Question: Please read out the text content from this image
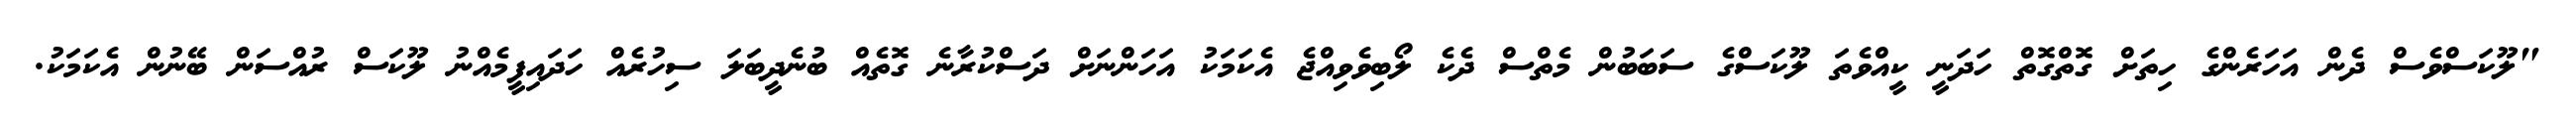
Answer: "ލޫކަސްވެސް ދެން އަހަރެންގެ ހިތަށް ގޮތްގޮތް ހަދަނީ ކީއްވެތަ ލޫކަސްގެ ސަބަބުން މެތްސް ދެކެ ލޯބިވެވިއްޖެ އެކަމަކު އަހަންނަށް ދަސްކުރާނެ ގޮތެއް ބުނެދީބަލަ ސިހުރެއް ހަދައިފީމެއްނު ލޫކަސް ރުއްސަން ބޭނުން އެކަމަކު.